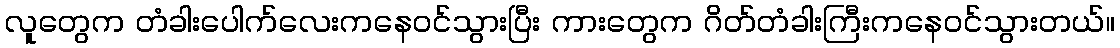
လူတွေက တံခါးပေါက်လေးကနေဝင်သွားပြီး ကားတွေက ဂိတ်တံခါးကြီးကနေဝင်သွားတယ်။